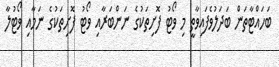
ބަހައްޓާތަން ބަދަލުވެފައިވާތީ މި ވޯޓު ފޮށިތަކުގެ ނަންބަރާއި ވޯޓު ފޮށިތަކުގެ ނަމާއި ވޯޓުލާ